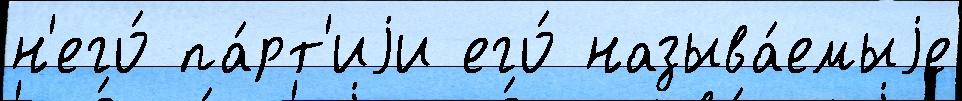
н'его́ па́рт'иjи его́ называ́емыjе